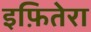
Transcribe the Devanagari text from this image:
इफ़ितेरा